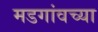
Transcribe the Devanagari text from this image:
मडगांवच्या